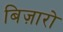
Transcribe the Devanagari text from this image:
बिज़ारो